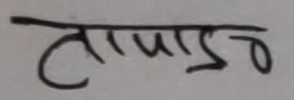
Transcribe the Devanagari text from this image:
तापाङग